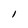
Character: I